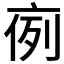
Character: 𠅜